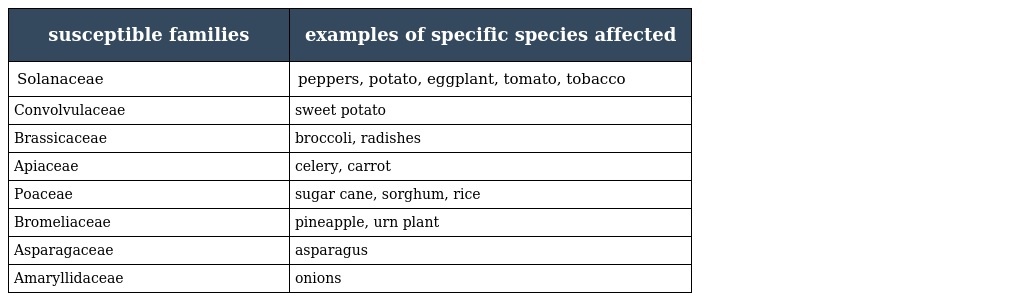
| susceptible families | examples of specific species affected |
 | --- | --- |
 | Solanaceae | peppers, potato, eggplant, tomato, tobacco |
 | Convolvulaceae | sweet potato |
 | Brassicaceae | broccoli, radishes |
 | Apiaceae | celery, carrot |
 | Poaceae | sugar cane, sorghum, rice |
 | Bromeliaceae | pineapple, urn plant |
 | Asparagaceae | asparagus |
 | Amaryllidaceae | onions |